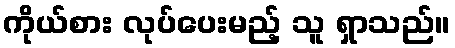
ကိုယ်စား လုပ်ပေးမည့် သူ ရှာသည်။